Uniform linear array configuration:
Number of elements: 4
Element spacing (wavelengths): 0.75
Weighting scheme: cosine
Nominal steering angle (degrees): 45
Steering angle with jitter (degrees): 43.612
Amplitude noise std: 0.05
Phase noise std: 0.05

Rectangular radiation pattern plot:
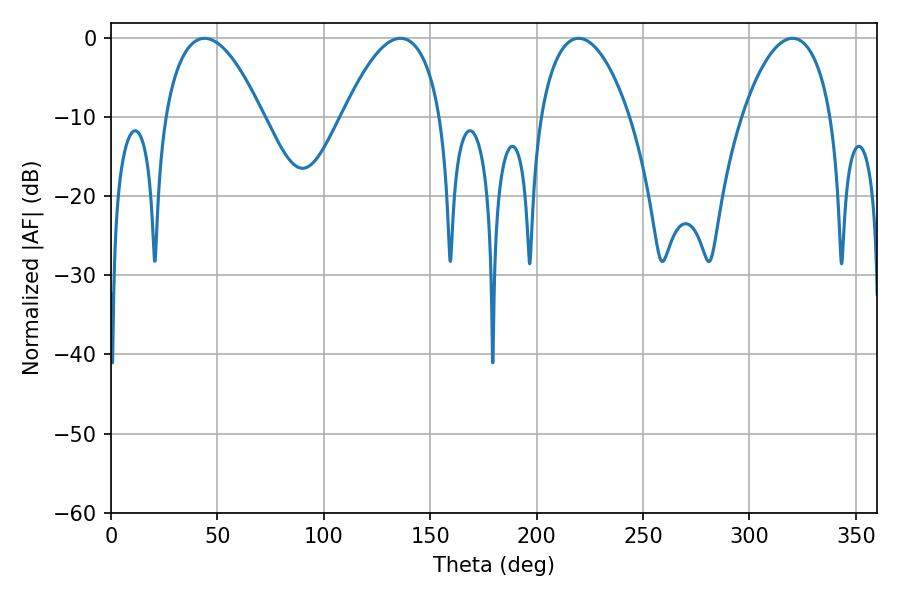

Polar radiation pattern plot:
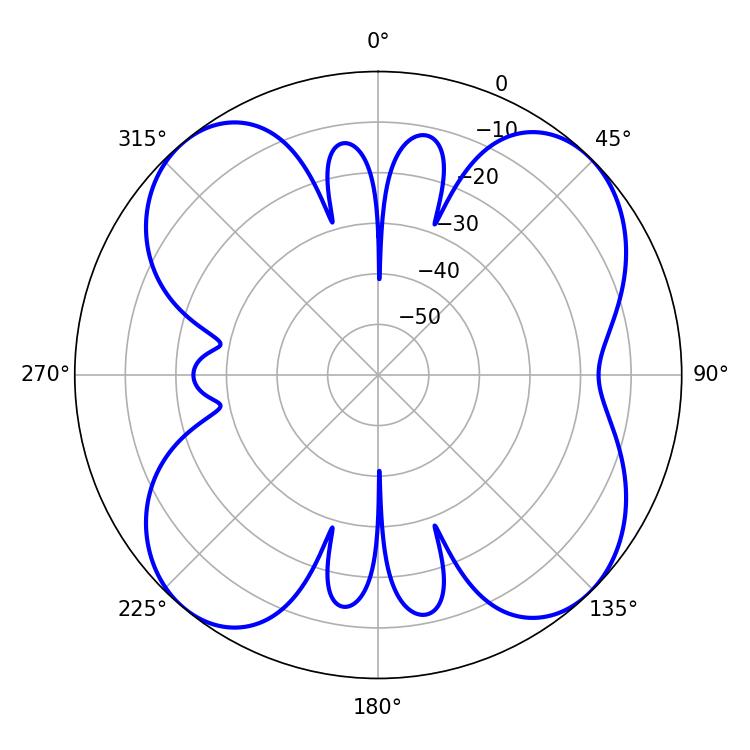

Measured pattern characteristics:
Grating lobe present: TRUE
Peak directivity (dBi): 12.031
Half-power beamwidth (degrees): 25.38
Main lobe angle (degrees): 43.92